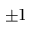
\pm 1